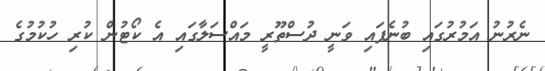
ނެރުނު އަމުރުގައި ބުނެފައި ވަނީ ދުސްތޫރީ މައްސަލާގައި އެ ކޯޓުން ކުރި ހުކުމުގެ